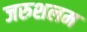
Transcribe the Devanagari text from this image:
जरुशलम